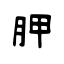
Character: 胛